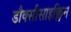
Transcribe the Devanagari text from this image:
डौक्सीसाइक्लिन